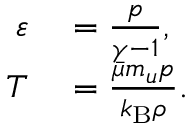
\begin{array} { r l } { \varepsilon } & { { } = \frac { p } { \gamma - 1 } , } \\ { T } & { { } = \frac { \bar { \mu } m _ { u } p } { k _ { \mathrm { B } } \rho } . } \end{array}